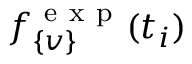
f _ { \{ v \} } ^ { \mathrm { ~ e ~ x ~ p ~ } } ( t _ { i } )